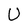
Character: U